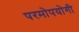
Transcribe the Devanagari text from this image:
परमोपयोगी